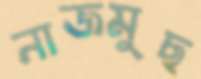
নাজমুছ